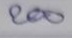
200